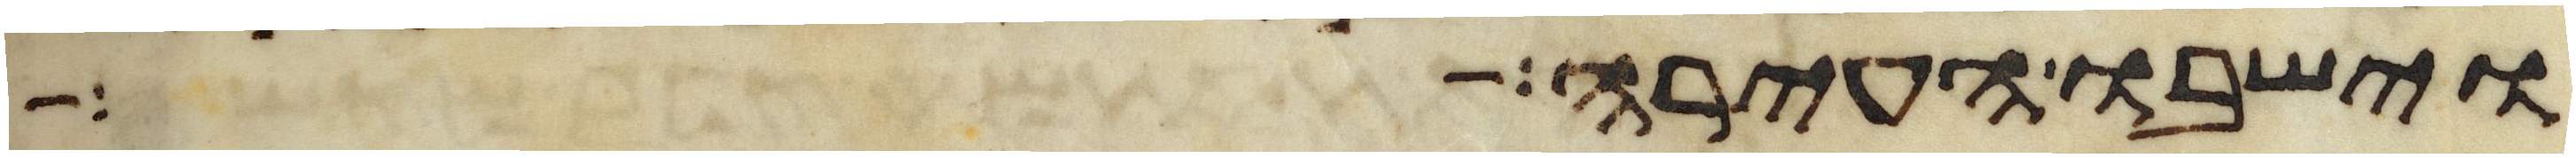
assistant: וישבו העירה